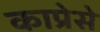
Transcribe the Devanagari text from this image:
काप्रेसे